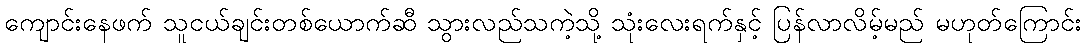
ကျောင်းနေဖက် သူငယ်ချင်းတစ်ယောက်ဆီ သွားလည်သကဲ့သို့ သုံးလေးရက်နှင့် ပြန်လာလိမ့်မည် မဟုတ်ကြောင်း